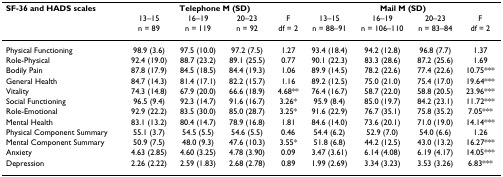
<table><thead><tr><td><b>SF-36 and HADS scales</b></td><td colspan="4"><b>Telephone M (SD)</b></td><td colspan="4"><b>Mail M (SD)</b></td></tr><tr><td></td><td><b>13–15n = 89</b></td><td><b>16–19n = 119</b></td><td><b>20–23n = 92</b></td><td><b>Fdf = 2</b></td><td><b>13–15n = 88–91</b></td><td><b>16–19n = 106–110</b></td><td><b>20–23n = 83–84</b></td><td><b>Fdf = 2</b></td></tr></thead><tbody><tr><td>Physical Functioning</td><td>98.9 (3.6)</td><td>97.5 (10.0)</td><td>97.2 (7.5)</td><td>1.27</td><td>93.4 (18.4)</td><td>94.2 (12.8)</td><td>96.8 (7.7)</td><td>1.37</td></tr><tr><td>Role-Physical</td><td>92.4 (19.0)</td><td>88.7 (23.2)</td><td>89.1 (25.5)</td><td>0.77</td><td>90.1 (22.3)</td><td>83.3 (28.6)</td><td>87.2 (25.6)</td><td>1.69</td></tr><tr><td>Bodily Pain</td><td>87.8 (17.9)</td><td>84.5 (18.5)</td><td>84.4 (19.3)</td><td>1.06</td><td>89.9 (14.5)</td><td>78.2 (22.6)</td><td>77.4 (22.6)</td><td>10.75***</td></tr><tr><td>General Health</td><td>84.7 (14.3)</td><td>81.4 (17.1)</td><td>82.2 (15.7)</td><td>1.16</td><td>89.2 (12.5)</td><td>75.0 (21.0)</td><td>75.4 (17.0)</td><td>19.64***</td></tr><tr><td>Vitality</td><td>74.3 (14.8)</td><td>67.9 (20.0)</td><td>66.6 (18.9)</td><td>4.68**</td><td>76.4 (16.7)</td><td>58.7 (22.0)</td><td>58.8 (20.5)</td><td>23.96***</td></tr><tr><td>Social Functioning</td><td>96.5 (9.4)</td><td>92.3 (14.7)</td><td>91.6 (16.7)</td><td>3.26*</td><td>95.9 (8.4)</td><td>85.0 (19.7)</td><td>84.2 (23.1)</td><td>11.72***</td></tr><tr><td>Role-Emotional</td><td>92.9 (22.2)</td><td>83.5 (30.0)</td><td>85.0 (28.7)</td><td>3.25*</td><td>91.6 (22.9)</td><td>76.7 (35.1)</td><td>75.8 (35.2)</td><td>7.05***</td></tr><tr><td>Mental Health</td><td>83.1 (13.2)</td><td>80.4 (14.7)</td><td>78.9 (16.8)</td><td>1.81</td><td>84.6 (14.0)</td><td>73.6 (20.1)</td><td>71.0 (19.0)</td><td>14.14***</td></tr><tr><td>Physical Component Summary</td><td>55.1 (3.7)</td><td>54.5 (5.5)</td><td>54.6 (5.5)</td><td>0.46</td><td>54.4 (6.2)</td><td>52.9 (7.0)</td><td>54.0 (6.6)</td><td>1.26</td></tr><tr><td>Mental Component Summary</td><td>50.9 (7.5)</td><td>48.0 (9.3)</td><td>47.6 (10.3)</td><td>3.55*</td><td>51.8 (6.8)</td><td>44.2 (12.5)</td><td>43.0 (13.2)</td><td>16.27***</td></tr><tr><td>Anxiety</td><td>4.63 (2.85)</td><td>4.60 (3.25)</td><td>4.78 (3.90)</td><td>0.09</td><td>3.47 (3.61)</td><td>6.14 (4.08)</td><td>6.19 (4.17)</td><td>14.05***</td></tr><tr><td>Depression</td><td>2.26 (2.22)</td><td>2.59 (1.83)</td><td>2.68 (2.78)</td><td>0.89</td><td>1.99 (2.69)</td><td>3.34 (3.23)</td><td>3.53 (3.26)</td><td>6.83***</td></tr></tbody></table>